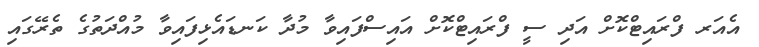
އެއަރ ފްރައިޓްކޮށް އަދި ސީ ފްރައިޓްކޮށް އައިސްފައިވާ މުދާ ކަނޑައެޅިފައިވާ މުއްދަތުގެ ތެރޭގައި